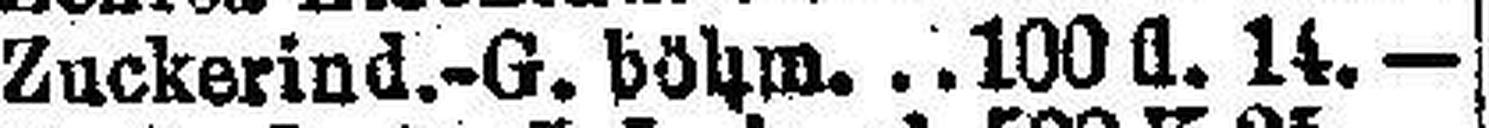
Zuckerind.-G. böhm. 100 fl 14.—